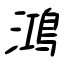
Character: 鴻